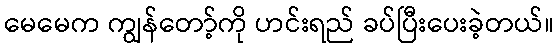
မေမေက ကျွန်တော့်ကို ဟင်းရည် ခပ်ပြီးပေးခဲ့တယ်။